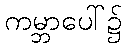
ကမ္ဘာပေါ်၌